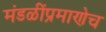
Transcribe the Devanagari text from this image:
मंडळींप्रमाणेच